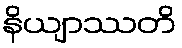
နိယျာဿတိ